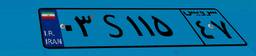
۰۳S۱۱۵۴۷